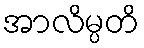
အာလိမ္ပတိ